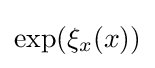
\exp(\xi _{x}(x))